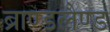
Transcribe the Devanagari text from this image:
ब्राण्डलैण्ड